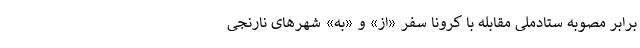
برابر مصوبه ستادملی مقابله با کرونا سفر «از» و «به» شهرهای نارنجی